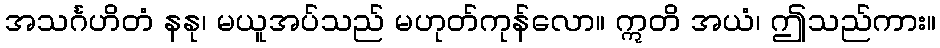
အသင်္ဂဟိတံ နနု၊ မယူအပ်သည် မဟုတ်ကုန်လော။ ဣတိ အယံ၊ ဤသည်ကား။